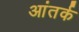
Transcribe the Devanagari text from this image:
आंतर्क